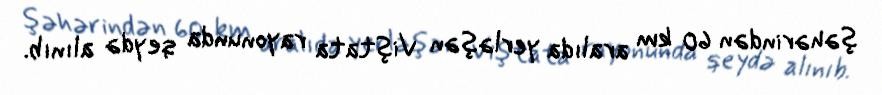
şəhərindən 60 km aralıda yerləşən Viştata rayonunda qeydə alınıb.